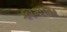
કામલા